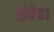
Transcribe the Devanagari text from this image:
शॅवेंडा